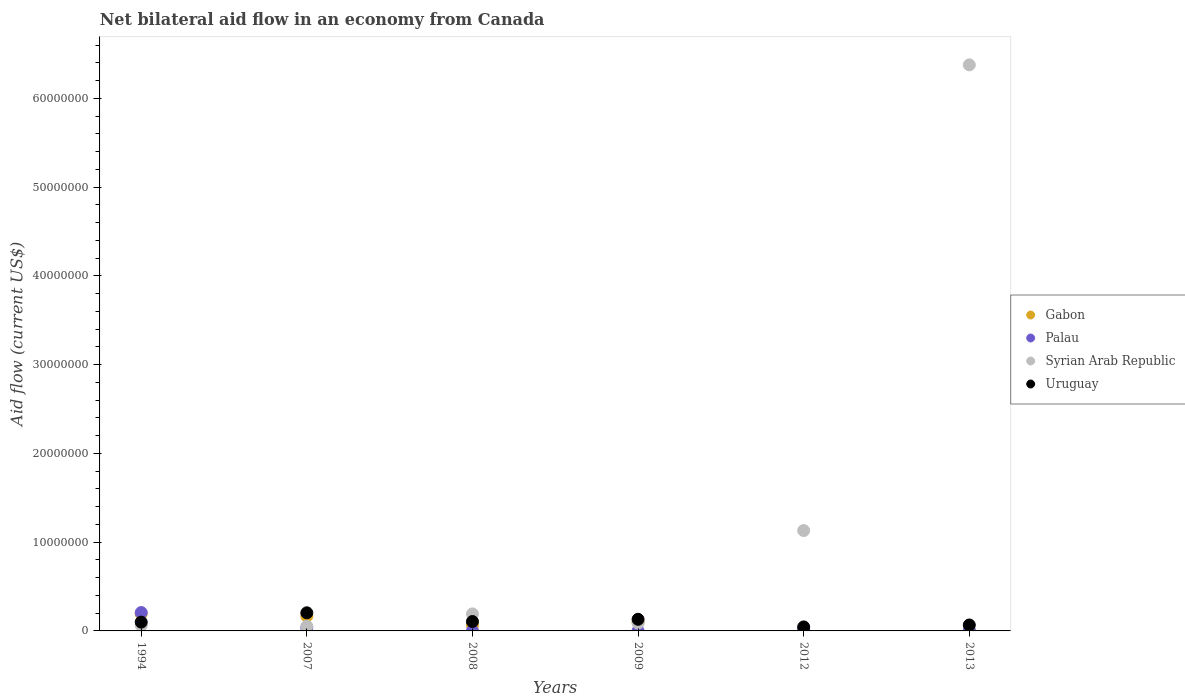
| Years | Gabon | Palau | Syrian Arab Republic | Uruguay |
 | --- | --- | --- | --- | --- |
 | 1994 | 1.94e+06 | 2.07e+06 | 6.2e+05 | 9.9e+05 |
 | 2007 | 1.66e+06 | 3.4e+05 | 5.2e+05 | 2.04e+06 |
 | 2008 | 6.5e+05 | 1e+04 | 1.92e+06 | 1.06e+06 |
 | 2009 | 9.8e+05 | 1e+04 | 8.7e+05 | 1.31e+06 |
 | 2012 | 5e+04 | 1.7e+05 | 1.13e+07 | 4.5e+05 |
 | 2013 | 7e+04 | 5e+04 | 6.38e+07 | 6.7e+05 |